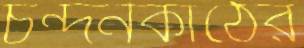
চন্দনকাঠের